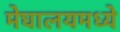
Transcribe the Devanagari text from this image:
मेघालयमध्ये